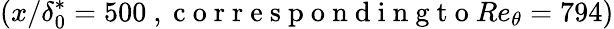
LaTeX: \left(x/\delta_{0}^{*}=500\mathrm{~,~c~o~r~r~e~s~p~o~n~d~i~n~g~t~o~}Re_{\theta}=794\right)